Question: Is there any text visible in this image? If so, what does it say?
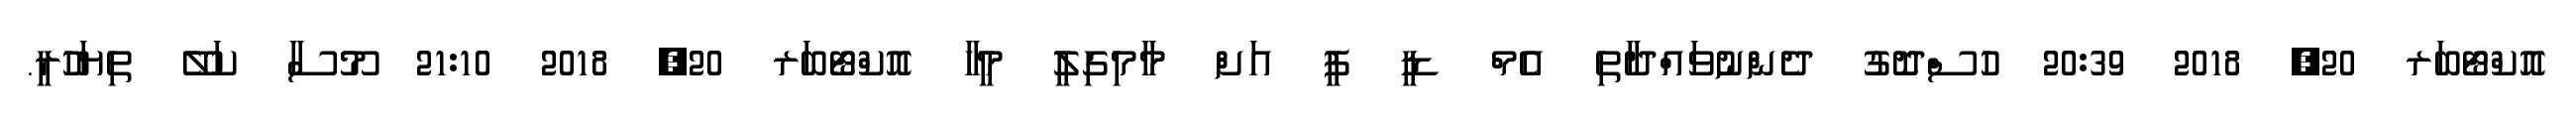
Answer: އޮކްޓޯބަރ 20, 2018 20:39 ހުސްދޮގު ދެންނުވައްދާތި އެމް ޑީ ޕީ އަށް މާމިގިލީ މީހާ އޮކްޓޯބަރ 20, 2018 21:10 މޫސާ ކަލޭ ތިޔަހުރީ.